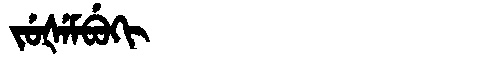
Manchu: ᠵᡠᡧᡝᠮᠪᡠᡴᡳ
Romanization: JUŠEMBUKI